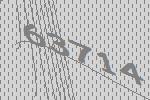
63714